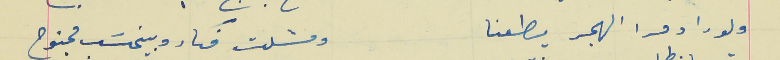
ولو راد مرا الهجر يطعنا                                               ومسَلت فكار وبينحسَب مجنوح